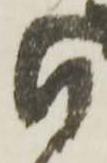
付